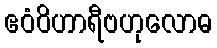
ဧဝံဝိဟာရီဗဟုလောဓ